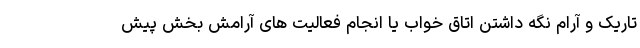
تاریک و آرام نگه داشتن اتاق خواب یا انجام فعالیت های آرامش بخش پیش